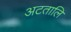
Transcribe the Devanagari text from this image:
अटतालि